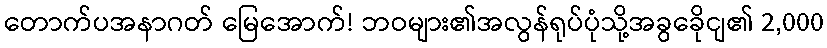
တောက်ပအနာဂတ် မြေအောက်! ဘဝများ၏အလွန်ရုပ်ပုံသို့အခွခေိုငျ၏ 2,000